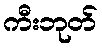
ကီးဘုတ်